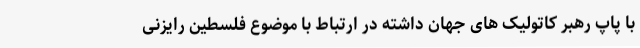
با پاپ رهبر کاتولیک های جهان داشته در ارتباط با موضوع فلسطین رایزنی